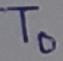
Text: To